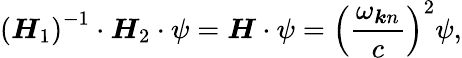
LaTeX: \left(\boldsymbol{H}_{1}\right)^{-1}\cdot\boldsymbol{H}_{2}\cdot\psi=\boldsymbol{H}\cdot\psi=\left(\frac{\omega_{\boldsymbol{k}n}}{c}\right)^{2}\psi,